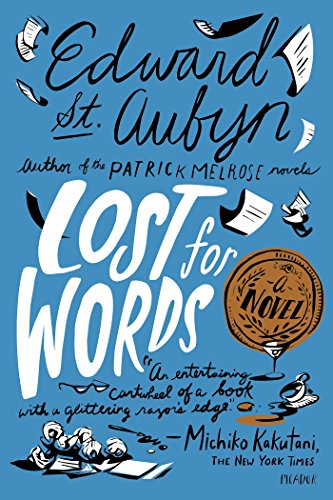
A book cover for Lost for Words: A Novel; Edward St. Aubyn; Literature & Fiction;